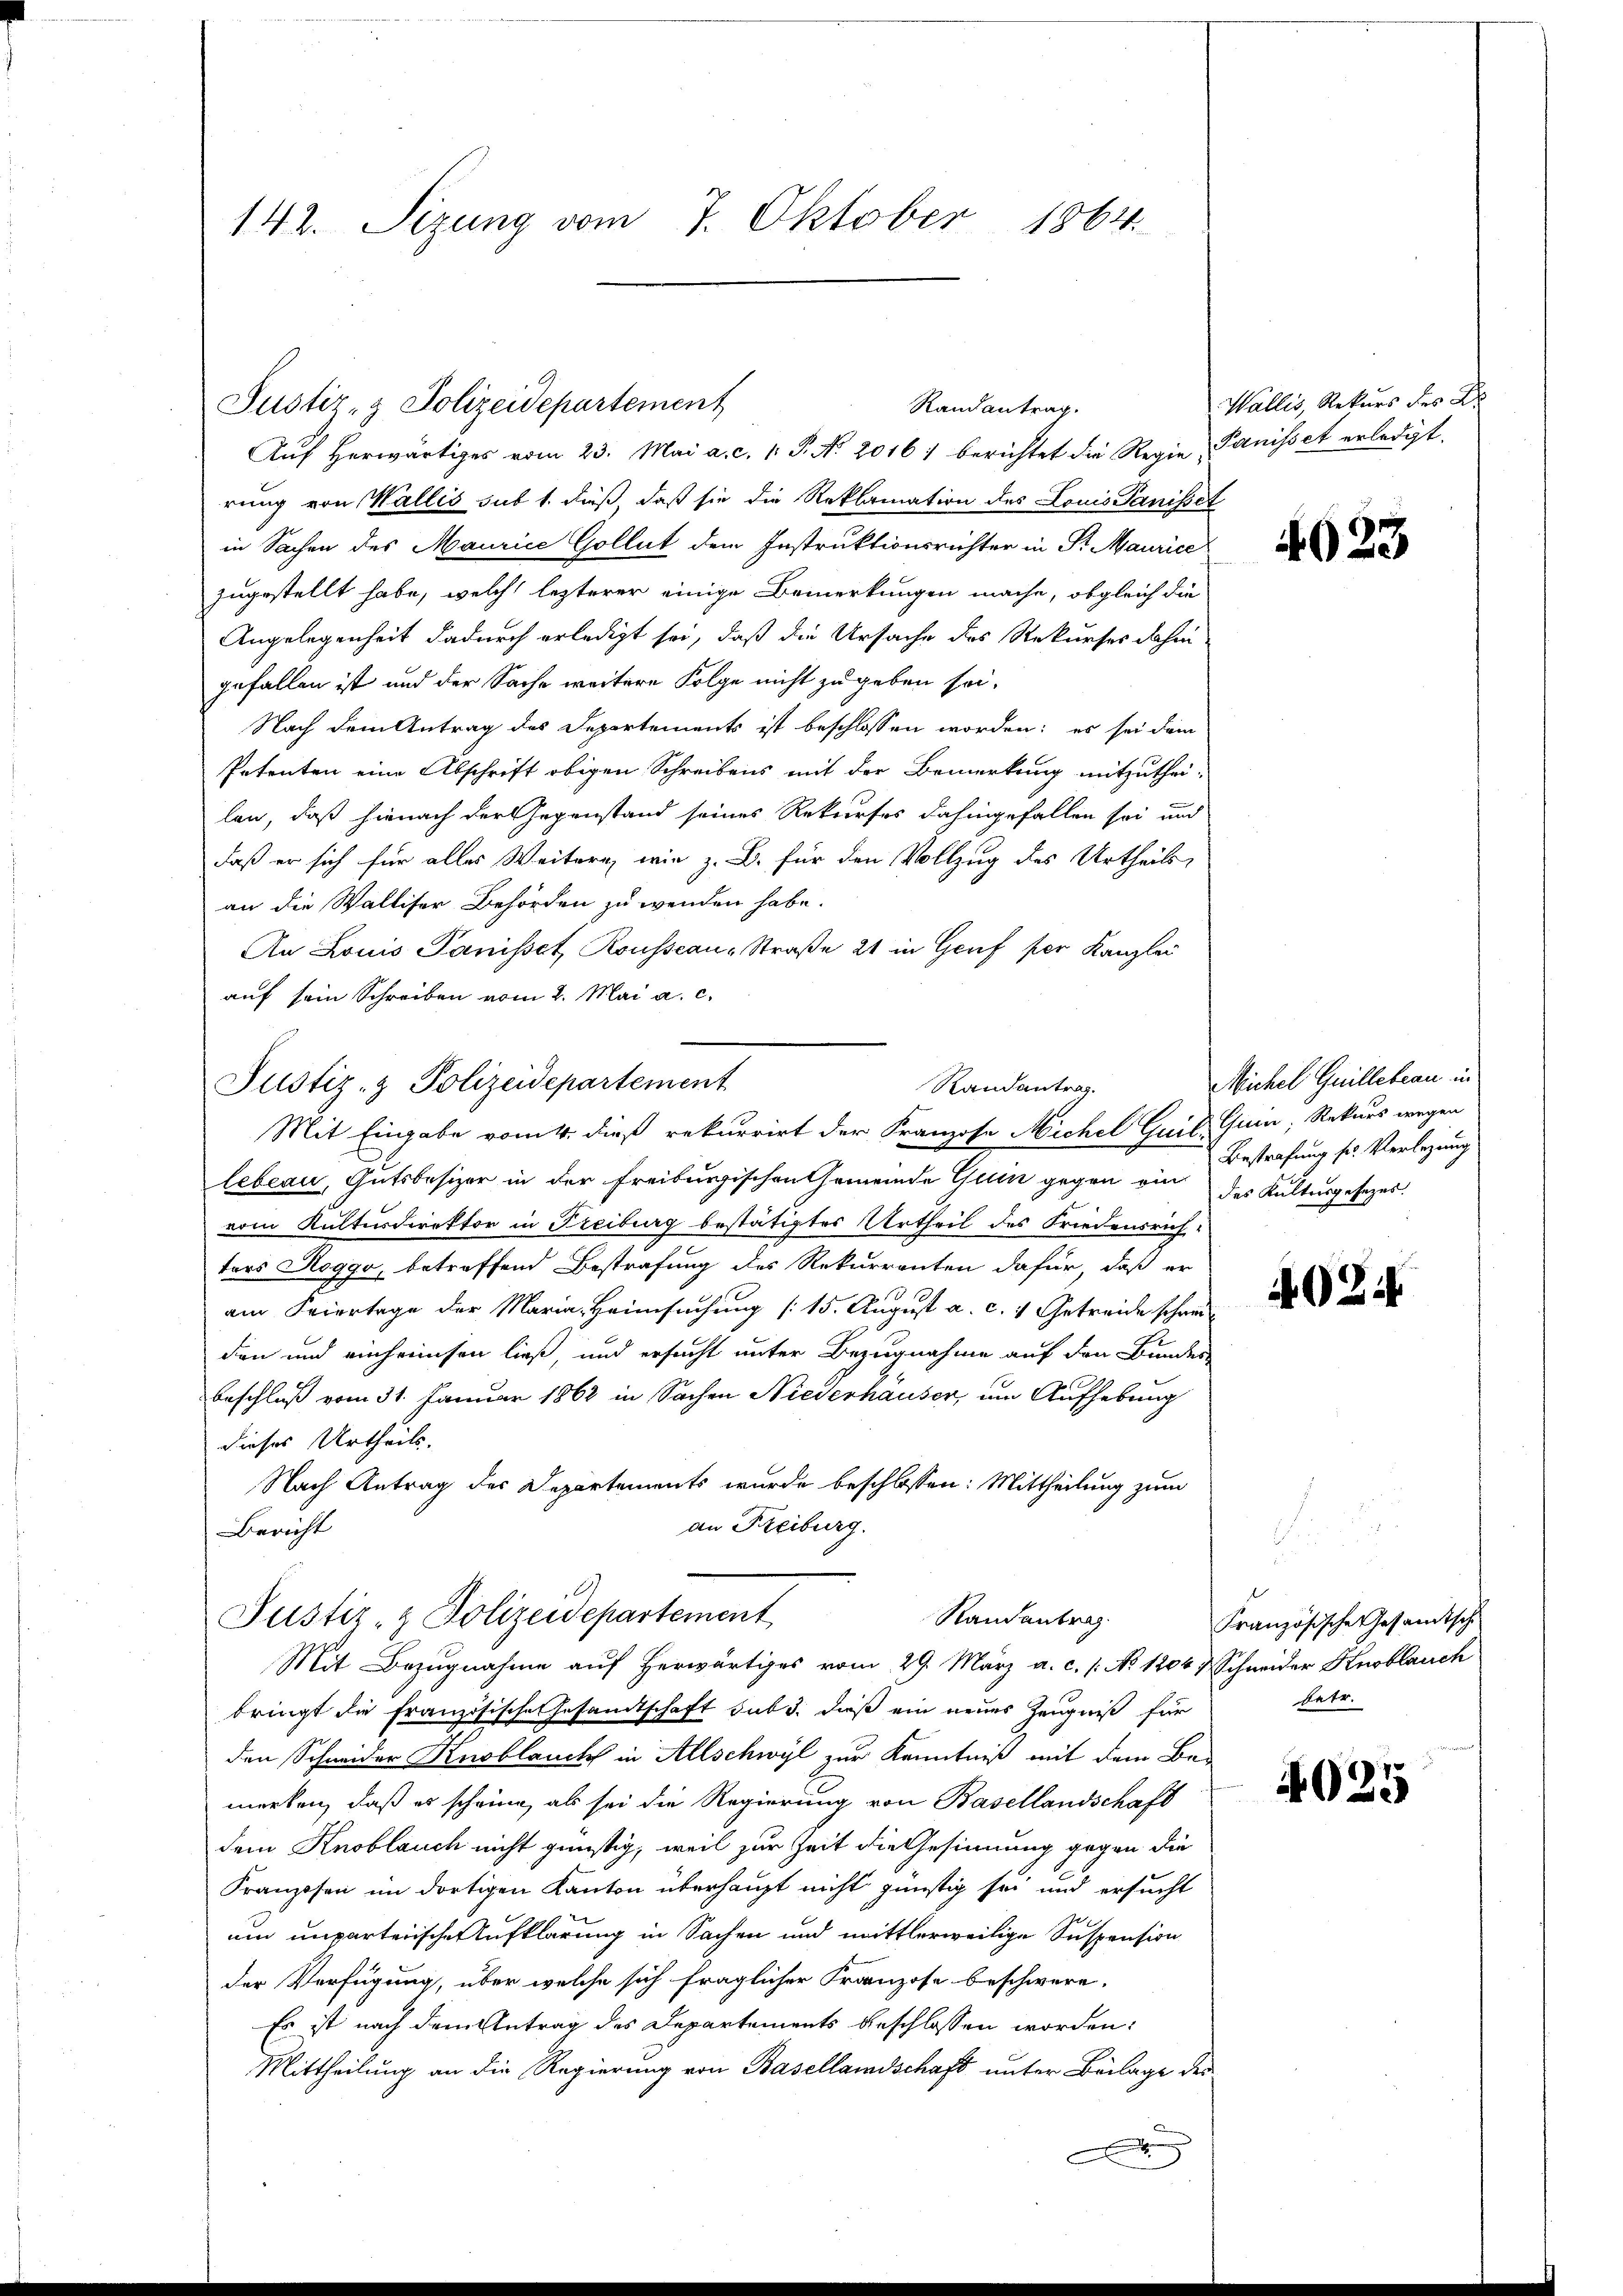
142. Sizung vom 7. Oktober 1864.

Justiz- & Polizeidepartement
Aŭf herwärtiges vom 23. Mai a. c. 1. P. No 2016) berichtet die Regie Panisset erledigt.
rung von Wallis sub 1. dieß, daß sie die Reklamation des Louis Panisset
in Sachen des Maurice Gollut dem Instruktionsrichter in St. Maurice
zugestellt habe, welch lezterer einige Bemerkungen mache, obgleich die
Angelegenheit dadurch erledigt sei, daß die Ursache des Rekurses dahin
gefallen ist und der Sache weitere Folge nicht zu geben sei,
Nach dem Antrag des Departements ist beschlossen worden; es sei dem
Petenten eine Abschrift obigen Schreibens mit der Bemerkung mitzuthei-
len, daß hienach der Gegenstand seines Rekurses dahingefallen sei und
daß er sich für alles Weitern, wie z. B. für den Vollzug des Urtheils
an die Walliser Behörden zu wenden habe.
An Louis Panisset, Rousseau, Straße 21 in Genf per Kanzlei
auf sein Schreiben vom 2. Mai a. c.
Justiz- & Polizeidepartement
Randantrag.
Mit Eingabe vom 4. dieß rekurrirt der Franzose Michel Guil Quin, Rekurs wegen
lebeau, Gutsbesizer in der Freiburgischen Gemeinde Guin gegen ein des Kulturgesezes.
vom Kultursdirektor in Freiburg bestätigtes Urtheil des Friedensrich-
ters Roggo, betreffend Bestrafung des Rekurrenten dafür, daß er
10
am Feiertage der Maria Heimsuchung (15. August a. c. 4 Getreide schwei
den und einheinsen ließ, und ersucht unter Bezugnahme auf den Bundes
beschluß vom 31. Januar 1862 in Sachen Niederhauser, am Aufhebung
dieses Urtheils.
Nach Antrag des Departements wurde beschlossen: Mittheilung zum
an Freiburg.
Bericht

Randantrag.

Justiz- & Polizeidepartement
Randantrag.
Mit Bezugnahme auf Herwärtiges vom 29. März a. c. s. No 12047 Schneider Knoblauch

bringt die französisches Gesandtschaft sub 3. dieß ein neues Zeugniß für
den Schneider Knoblauch in Allschwyl zur Kenntniß mit dem Bemerken, daß es scheine, als sei die Regierung von Basellandschaft
dem Knoblauch nicht günstig, weil zur Zeit die Gesinnung gegen die
Franzosen im dortigen Kanton überhaupt nicht günstig sei und ersucht
um unparterische Aufklärung in Sachen und mittlerweilige Suspension
der Verfügung, über welche sich fraglicher Franzose beschwere,
Es ist nach dem Antrag des Departements beschlossen worden:
Mittheilung an die Regierung von Basellandschaft unter Beilage des¬
.

Wallis, Rekurs des Dr

4023

Michel Guilleteau in
Bestrafung sr. Verlegung

402.

Französische Gesandtsche
betr.

4025